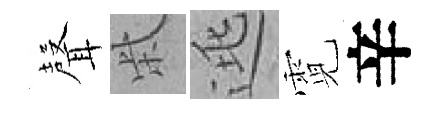
𮋻柴逃霓辛